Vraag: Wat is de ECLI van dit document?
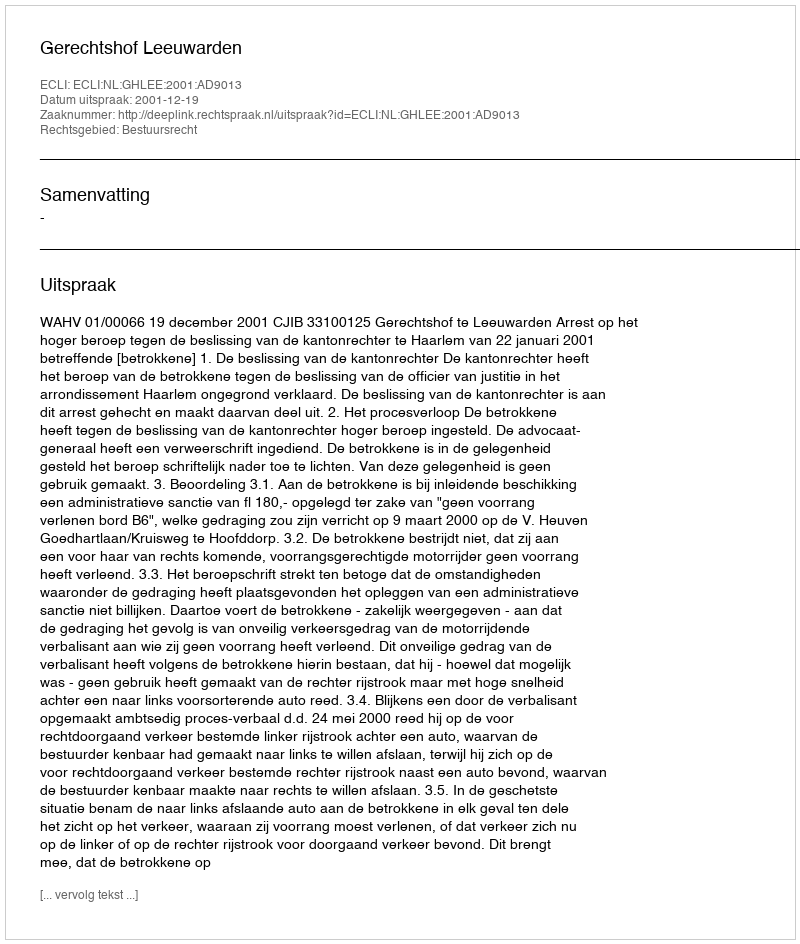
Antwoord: ECLI:NL:GHLEE:2001:AD9013